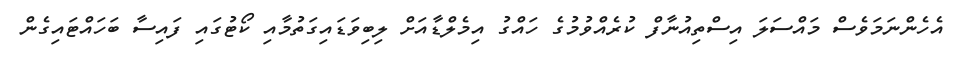
އެހެންނަމަވެސް މައްސަލަ އިސްތިއުނާފް ކުރެއްވުމުގެ ހައްގު އިމެލްޑާއަށް ލިބިވަޑައިގަތުމާއި ކޯޓުގައި ފައިސާ ބަހައްޓައިގެން